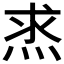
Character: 𤈿